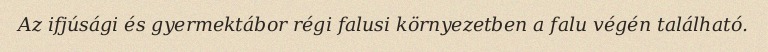
Az ifjúsági és gyermektábor régi falusi környezetben a falu végén található.